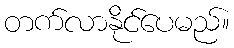
တက်လာနိုင်ပေမည်။